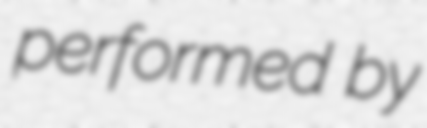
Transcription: performed by